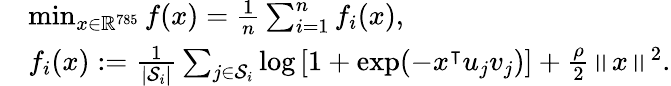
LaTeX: \begin{array}{rl}&{\operatorname*{min}_{x\in\mathbb{R}^{785}}f(x)=\frac{1}{n}\sum_{i=1}^{n}f_{i}(x),}\\ &{f_{i}(x):=\frac{1}{|\mathcal{S}_{i}|}\sum_{j\in\mathcal{S}_{i}}\log\left[1+\exp(-x^{\intercal}u_{j}v_{j})\right]+\frac{\rho}{2}\left\Vert x\right\Vert^{2}.}\end{array}